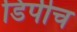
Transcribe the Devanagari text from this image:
डिपीच